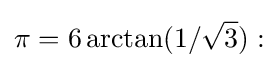
\pi =6\arctan(1/{\sqrt {3}}):